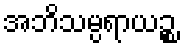
အဘိသမ္ပရာယဉ္စ